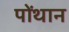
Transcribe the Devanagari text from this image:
पोंथान